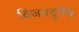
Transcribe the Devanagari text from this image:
विजयदुर्गचे